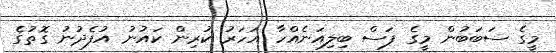
މީގެ ސަބަބުން މީގެ ފަސް ބިލިއަނެއްހާ އަހަރު ކުރިން ކައުނު އުފެދުނު ގޮތުގެ